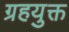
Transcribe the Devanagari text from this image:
ग्रहयुक्त